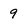
Character: 9